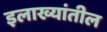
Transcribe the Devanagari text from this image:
इलाख्यांतील